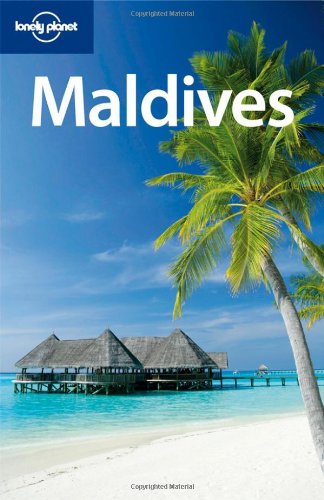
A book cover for Maldives (Country Travel Guide); Tom Masters; Travel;